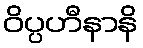
ဝိပ္ပဟီနာနိ